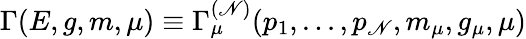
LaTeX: \Gamma(E,g,m,\mu)\equiv\Gamma_{\mu}^{(\mathscr{N})}(p_{1},...,p_{\mathscr{N}},m_{\mu},g_{\mu},\mu)